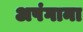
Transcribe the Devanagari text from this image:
अपंगाना